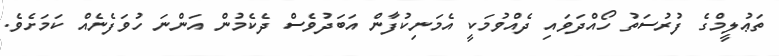
ތަޢުލީމްގެ ފުރުސަތު ހޯއްދަވައި ދެއްވުމަކީ އެމަނިކުފާން އަބަދުވެސް ދެކެމުން އަންނަ ހުވަފެނެއް ކަމަށެވެ.